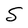
Character: S